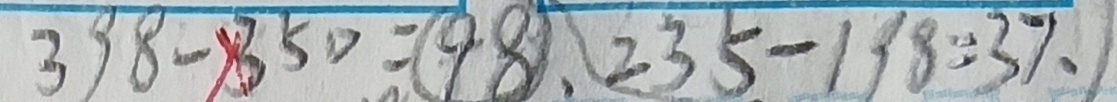
3 9 8 - 3 5 0 = ( 9 8 ) . 2 3 5 - 1 9 8 = 3 7 、 1